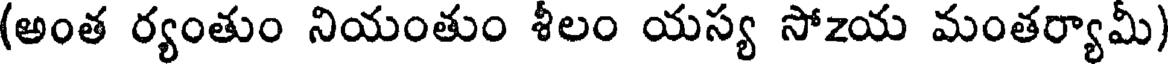
(అంత ర్యంతుం నియంతుం శీలం యస్య సోzయ మంతర్యామీ)